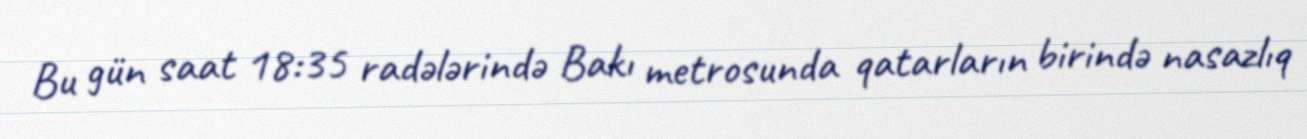
Bu gün saat 18:35 radələrində Bakı metrosunda qatarların birində nasazlıq